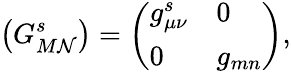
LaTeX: \left(G_{M\mathcal{N}}^{s}\right)=\left(\begin{array}{ll}{{g_{\mu\nu}^{s}}}&{{0}}\\ {{0}}&{{g_{mn}}}\end{array}\right),